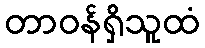
တာဝန်ရှိသူထံ